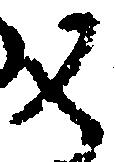
又